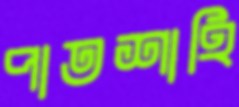
পাতশাহি